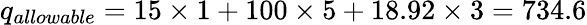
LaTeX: q_{allowable}=15\times 1+100\times 5+18.92\times 3=734.6